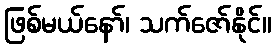
ဖြစ်မယ်နော်၊ သက်ဇော်နိုင်။